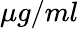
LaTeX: \mu g/ml